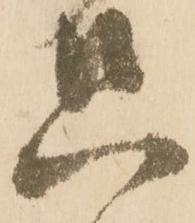
只